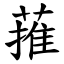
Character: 蓷